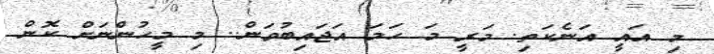
މި އައީ އަނެކަތި. މަރީ މަ ހަމަ އަޖައިބުވަން.. މި މީހުންނަށް ކޮން